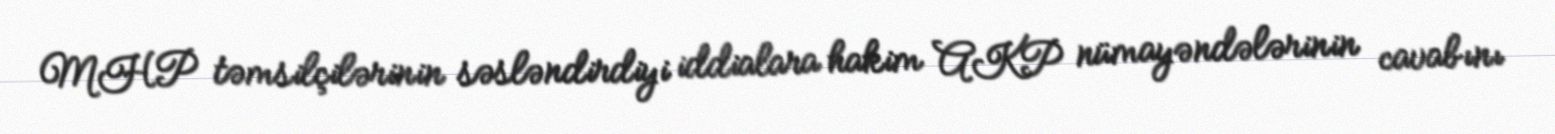
MHP təmsilçilərinin səsləndirdiyi iddialara hakim AKP nümayəndələrinin cavabını